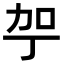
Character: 𪟗